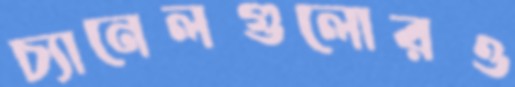
চ্যানেলগুলোরও